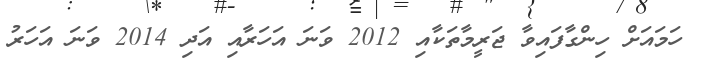
ހަމައަށް ހިންގާފައިވާ ޖަރީމާތަކާއި 2012 ވަނަ އަހަރާއި އަދި 2014 ވަނަ އަހަރު